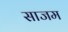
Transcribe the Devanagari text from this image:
साजम